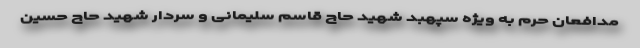
مدافعان حرم به ویژه سپهبد شهید حاج قاسم سلیمانی و سردار شهید حاج حسین